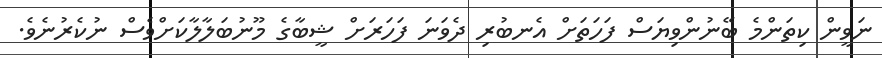
ނަވީން ކިތަންމެ ބޭނުންވިޔަސް ފަހަތަށް އެނބުރި ދެވަނަ ފަހަރަށް ޝީބާގެ މޫނުބަލާލާކަށްވެސް ނުކެރުނެވެ.